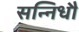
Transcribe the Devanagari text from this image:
सन्निधौ